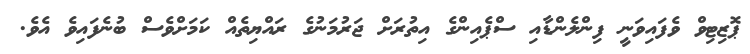
ޕޮޒިޓިވް ވެފައިވަނީ ފިންލެންޑާއި ސްޕެއިންގެ އިތުރަށް ޖަރުމަނުގެ ރައްޔިތެއް ކަމަށްވެސް ބުނެފައިވެ އެެވެ.